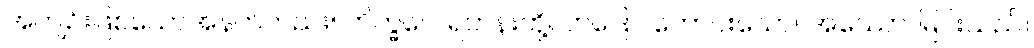
အကျဉ်းဖြစ်သောအနက်တည်း။ ဘိက္ခဝေ၊ ရဟန်းတို့။ ဘဒြော၊ ကောင်းသော။ အဿော၊ မြင်းသည်။